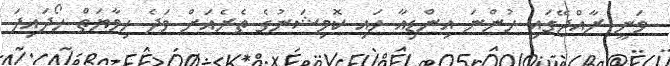
ވަނީ ރާއްޖޭގައި ހުންނަ އިންޑިއާ ހައި ކޮމިޝަނުގެ ތެރެއަށް ވަދެ ހިމާޔަތް ހޯދައިފަ